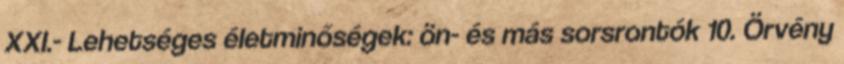
XXI.- Lehetséges életminőségek: ön- és más sorsrontók 10. Örvény